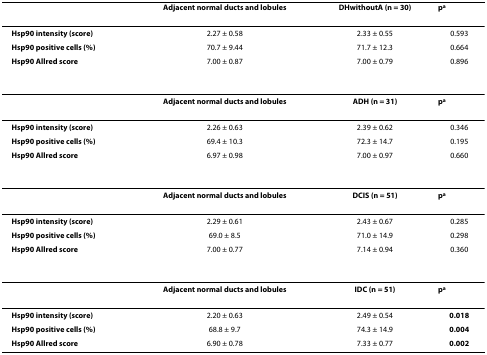
<table><thead><tr><td></td><td><b>Adjacent normal ducts and lobules</b></td><td><b>DHwithoutA (n = 30)</b></td><td><b>p<sup>a</sup></b></td></tr></thead><tbody><tr><td><b>Hsp90 intensity (score)</b></td><td>2.27 ± 0.58</td><td>2.33 ± 0.55</td><td>0.593</td></tr><tr><td><b>Hsp90 positive cells (%)</b></td><td>70.7 ± 9.44</td><td>71.7 ± 12.3</td><td>0.664</td></tr><tr><td><b>Hsp90 Allred score</b></td><td>7.00 ± 0.87</td><td>7.00 ± 0.79</td><td>0.896</td></tr><tr><td></td><td><b>Adjacent normal ducts and lobules</b></td><td><b>ADH (n = 31)</b></td><td><b>p<sup>a</sup></b></td></tr><tr><td><b>Hsp90 intensity (score)</b></td><td>2.26 ± 0.63</td><td>2.39 ± 0.62</td><td>0.346</td></tr><tr><td><b>Hsp90 positive cells (%)</b></td><td>69.4 ± 10.3</td><td>72.3 ± 14.7</td><td>0.195</td></tr><tr><td><b>Hsp90 Allred score</b></td><td>6.97 ± 0.98</td><td>7.00 ± 0.97</td><td>0.660</td></tr><tr><td></td><td><b>Adjacent normal ducts and lobules</b></td><td><b>DCIS (n = 51)</b></td><td><b>p<sup>a</sup></b></td></tr><tr><td><b>Hsp90 intensity (score)</b></td><td>2.29 ± 0.61</td><td>2.43 ± 0.67</td><td>0.285</td></tr><tr><td><b>Hsp90 positive cells (%)</b></td><td>69.0 ± 8.5</td><td>71.0 ± 14.9</td><td>0.298</td></tr><tr><td><b>Hsp90 Allred score</b></td><td>7.00 ± 0.77</td><td>7.14 ± 0.94</td><td>0.360</td></tr><tr><td></td><td><b>Adjacent normal ducts and lobules</b></td><td><b>IDC (n = 51)</b></td><td><b>p<sup>a</sup></b></td></tr><tr><td><b>Hsp90 intensity (score)</b></td><td>2.20 ± 0.63</td><td>2.49 ± 0.54</td><td><b>0.018</b></td></tr><tr><td><b>Hsp90 positive cells (%)</b></td><td>68.8 ± 9.7</td><td>74.3 ± 14.9</td><td><b>0.004</b></td></tr><tr><td><b>Hsp90 Allred score</b></td><td>6.90 ± 0.78</td><td>7.33 ± 0.77</td><td><b>0.002</b></td></tr></tbody></table>